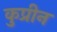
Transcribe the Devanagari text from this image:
कुप्रीन